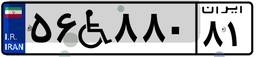
۵۶W۸۸۰۸۱